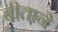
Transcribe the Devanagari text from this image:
बीताने